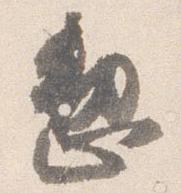
整